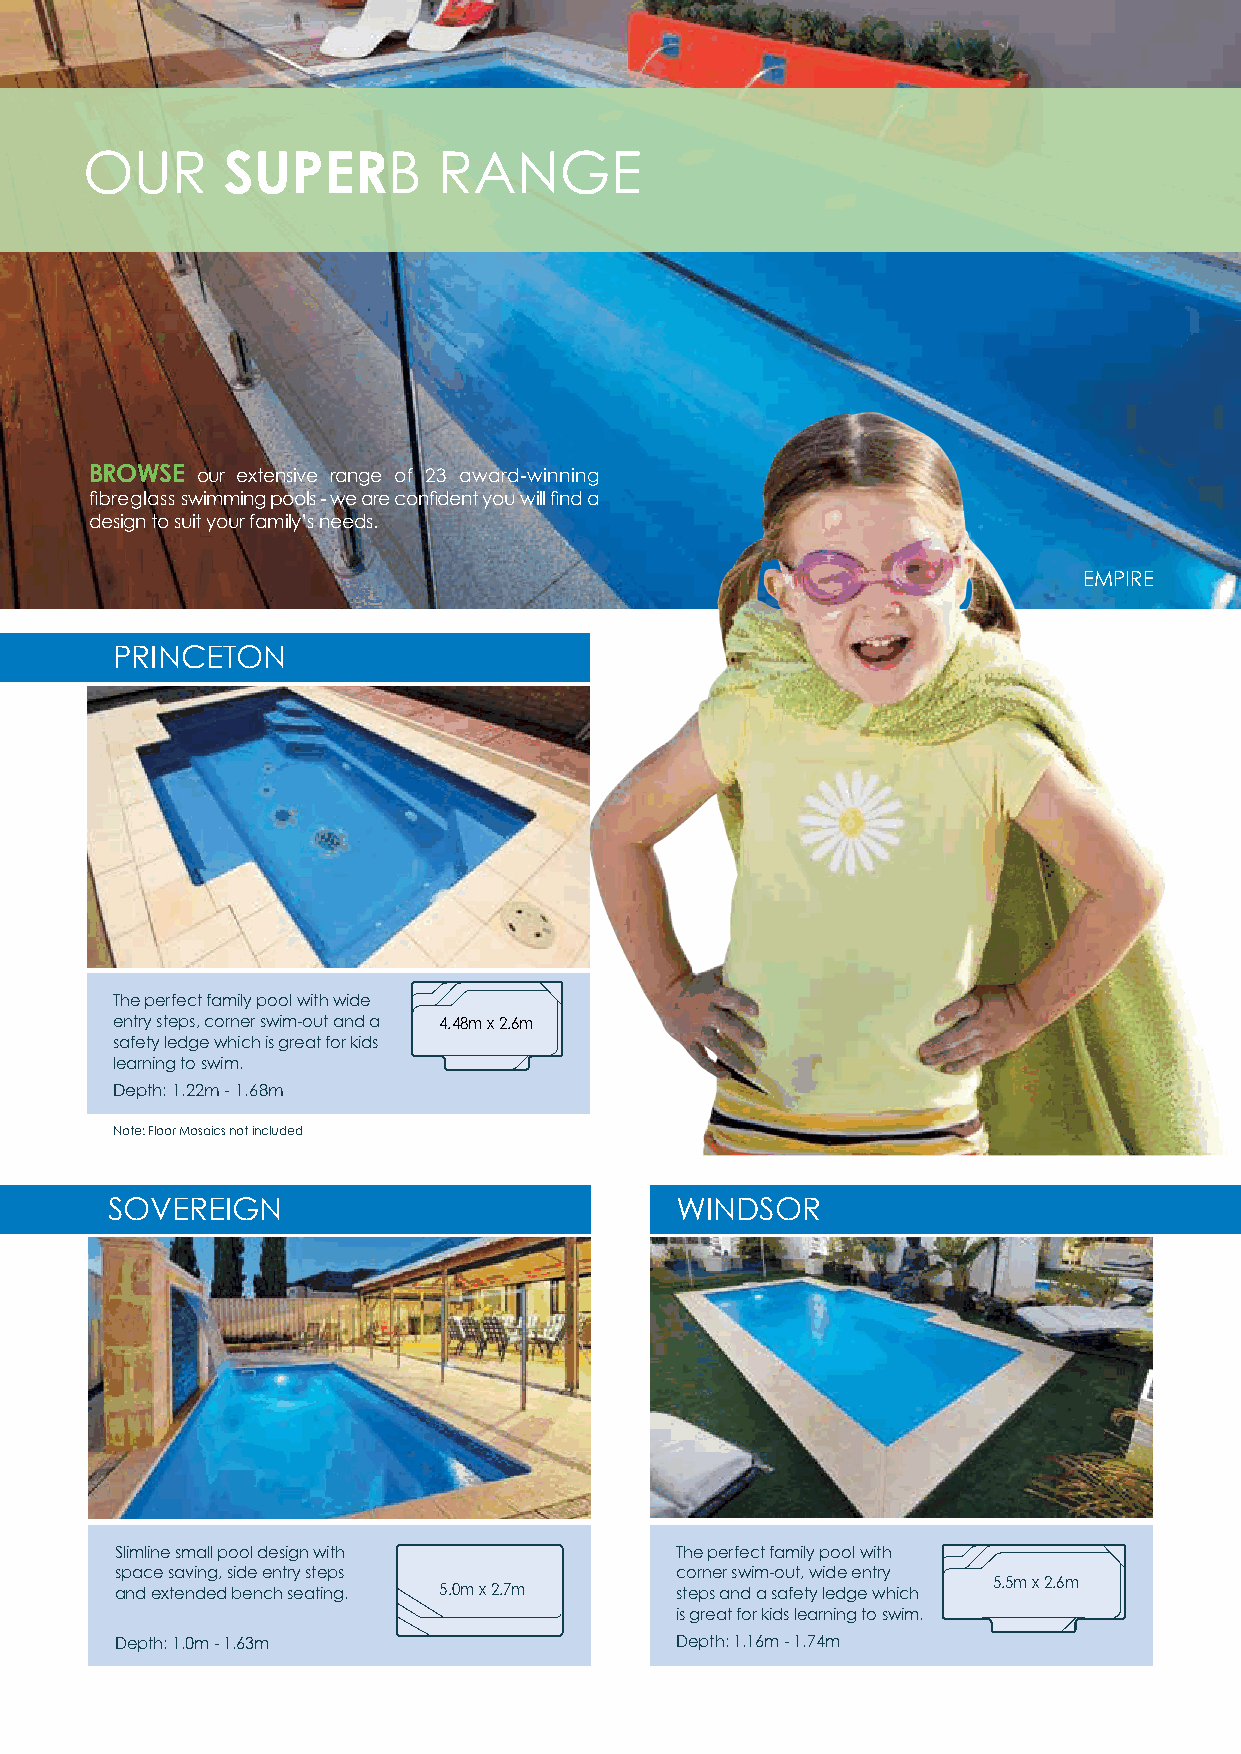
OUR       SUPERB        RANGE
 BROWSE our extensive range of 23 award-winning
 fibreglass swimming pools - we are confident you will find a
 design to suit your family’s needs.
 EMPIRE
 PRINCETON
 The perfect family pool with wide
 entry steps, corner swim-out and a 4.48m x 2.6m
 safety ledge which is great for kids
 learning to swim.
 Depth: 1.22m - 1.68m
 Note: Floor Mosaics not included
 SOVEREIGN                             WINDSOR
 Slimline small pool design with      The perfect family pool with
 space saving, side entry steps       corner swim-out, wide entry
 5.5m x 2.6m
 and extended bench seating. 5.0m x 2.7m steps and a safety ledge which
 is great for kids learning to swim.
 Depth: 1.0m - 1.63m                  Depth: 1.16m - 1.74m